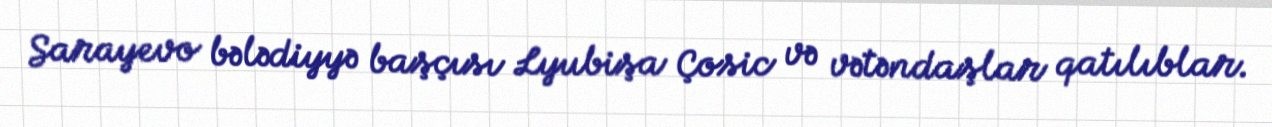
Sarayevo bələdiyyə başçısı Lyubişa Çosic və vətəndaşlar qatılıblar.